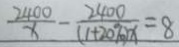
\frac { 2 4 0 0 } { x } - \frac { 2 4 0 0 } { ( 1 + 2 0 \% ) x } = 8